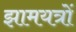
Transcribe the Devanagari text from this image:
झामयत्रों